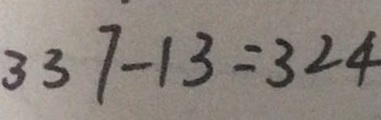
3 3 7 - 1 3 = 3 2 4